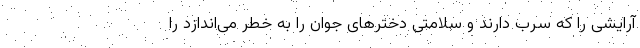
آرایشی را که سرب دارند و سلامتی دخترهای جوان را به خطر می‌اندازد را